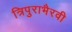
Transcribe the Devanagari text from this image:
त्रिपुराभैरवी